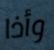
وأذا